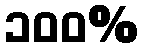
၁၀၀%